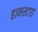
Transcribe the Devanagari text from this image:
हामस्टाड